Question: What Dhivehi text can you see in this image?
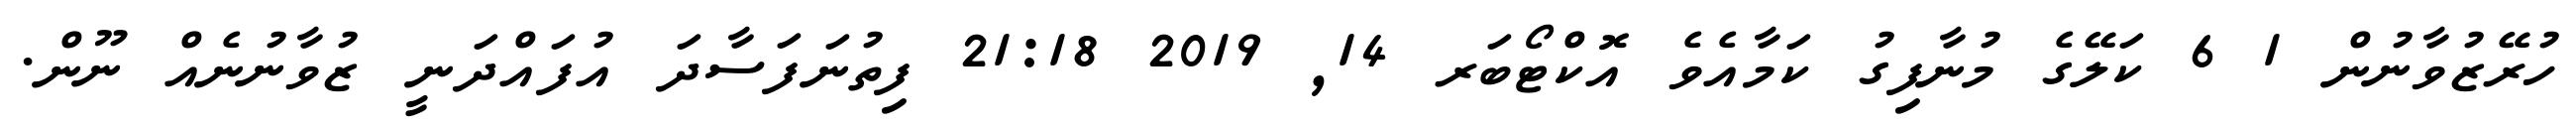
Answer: ހުރޭޒުވާނުން 1 6 ކަލޭގެ މުނާފިގު ކަމާއެވެ އޮކްޓޯބަރ 14, 2019 21:18 ފިތުނަފަސާދަ އުފައްދަނީ ޒުވާނުނެއް ނޫން.